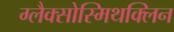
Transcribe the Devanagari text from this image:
ग्लैक्सोस्मिथक्लिन